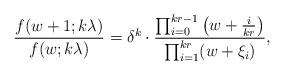
LaTeX: \begin{align*} \frac{f(w+1; k \lambda)}{f(w; k \lambda)} = \delta^k \cdot \dfrac{\prod_{i=0}^{k r-1} \left( w + \frac{i}{k r} \right)}{\prod_{i=1}^{k r} (w+ \xi_i) }, \end{align*}